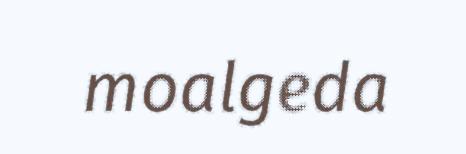
moalgeda